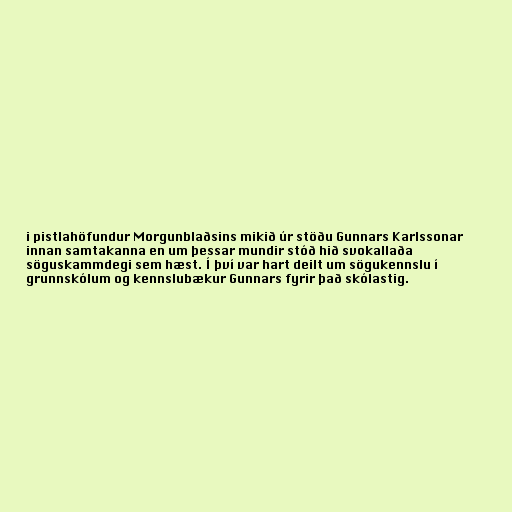
i pistlahöfundur Morgunblaðsins mikið úr stöðu Gunnars Karlssonar
innan samtakanna en um þessar mundir stóð hið svokallaða
söguskammdegi sem hæst. Í því var hart deilt um sögukennslu í
grunnskólum og kennslubækur Gunnars fyrir það skólastig.